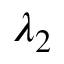
\lambda _ { 2 }